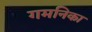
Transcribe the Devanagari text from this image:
गमनिका